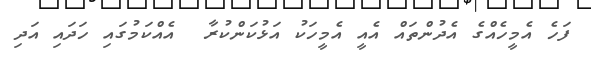
ފަހެ އެމީހެއްގެ އެދުންތައް އެއީ އެމީހަކު އަޅުކަންކުރާ  އެއްކަމުގައި ހަދައި އަދި